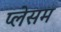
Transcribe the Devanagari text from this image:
प्लेसम